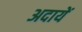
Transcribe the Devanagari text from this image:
अदायें